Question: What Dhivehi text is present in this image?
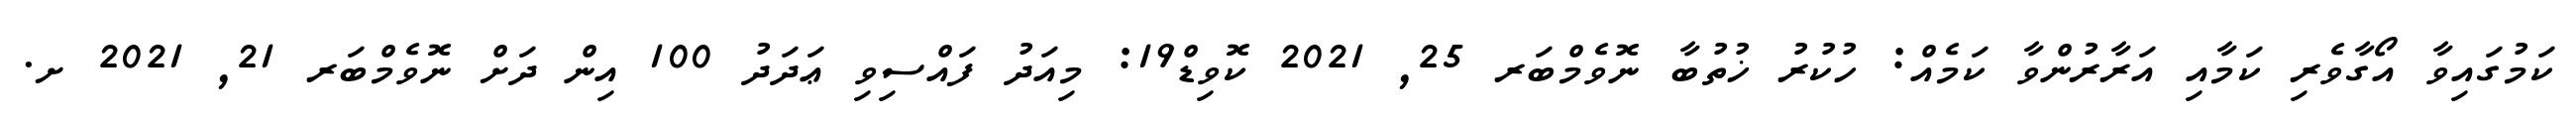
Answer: ކަމުގައިވާ އޯގާވެރި ކަމާއި އަރާރުންވާ ކަމެއް: ހުކުރު ޚުތުބާ ނޮވެމްބަރ 25, 2021 ކޮވިޑް19: މިއަދު ފައްސިވި ޢަދަދު 100 އިން ދަށް ނޮވެމްބަރ 21, 2021 ށ.